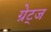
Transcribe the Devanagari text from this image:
ग्रेट्ज